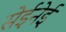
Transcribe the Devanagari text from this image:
सेईनेई